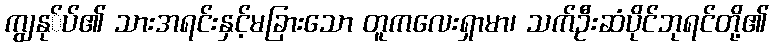
ကျွနု်ပ်၏ သားအရင်းနှင့်မခြားသော တူကလေးရှာမာ၊ သက်ဦးဆံပိုင်ဘုရင်တို့၏